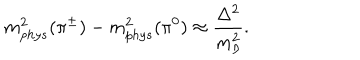
m _ { p h y s } ^ { 2 } ( \pi ^ { \pm } ) - m _ { p h y s } ^ { 2 } ( \pi ^ { 0 } ) \approx \frac { \Delta ^ { 2 } } { m _ { \eta } ^ { 2 } } .